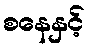
စနေနှင့်